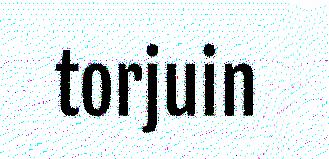
torjuin